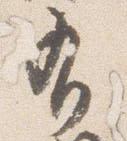
有